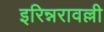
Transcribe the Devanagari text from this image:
इरिन्नरावल्ली